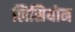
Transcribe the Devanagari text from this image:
लिसियोन